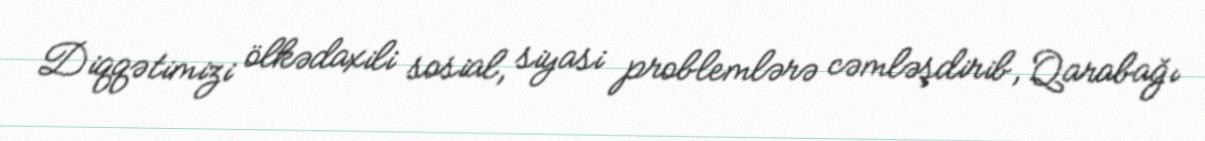
Diqqətimizi ölkədaxili sosial, siyasi problemlərə cəmləşdirib, Qarabağı